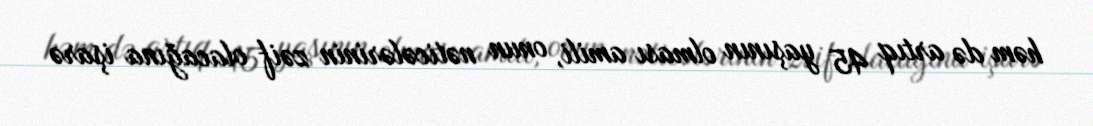
həm də artıq 45 yaşının olması amili, onun nəticələrinin zəif olacağına işarə